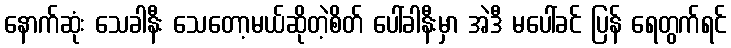
နောက်ဆုံး သေခါနီး သေတော့မယ်ဆိုတဲ့စိတ် ပေါ်ခါနီးမှာ အဲဒီ မပေါ်ခင် ပြန် ရေတွက်ရင်